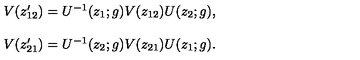
\begin{array} { c } { V ( z _ { 1 2 } ^ { \prime } ) = U ^ { - 1 } ( z _ { 1 } ; g ) V ( z _ { 1 2 } ) U ( z _ { 2 } ; g ) , } \\ { { } } \\ { V ( z _ { 2 1 } ^ { \prime } ) = U ^ { - 1 } ( z _ { 2 } ; g ) V ( z _ { 2 1 } ) U ( z _ { 1 } ; g ) . } \\ \end{array}